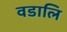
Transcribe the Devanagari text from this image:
वडालि